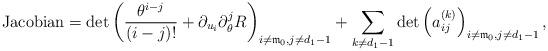
LaTeX: \begin{align*} \mathrm{Jacobian} =\det\left(\frac{\theta^{i-j}}{(i-j)!}+\partial_{u_i} \partial^j_{\theta} R\right)_{i\ne \mathfrak m_0,j\ne d_1-1} + \sum_{k\ne d_1-1}\det\left(a^{(k)}_{ij}\right)_{i\ne \mathfrak m_0,j\ne d_1-1},\end{align*}